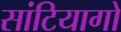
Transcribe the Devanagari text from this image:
सांटियागो